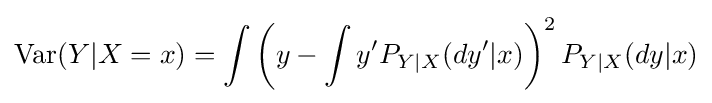
\operatorname {Var} (Y|X=x)=\int \left(y-\int y'P_{Y|X}(dy'|x)\right)^{2}P_{Y|X}(dy|x)